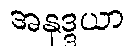
အနုဒ္ဒယာ